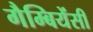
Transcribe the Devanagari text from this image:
गैम्बियेंसी